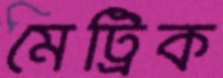
মেট্রিক